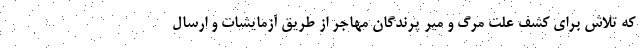
که تلاش برای کشف علت مرگ و میر پرندگان مهاجر از طریق آزمایشات و ارسال